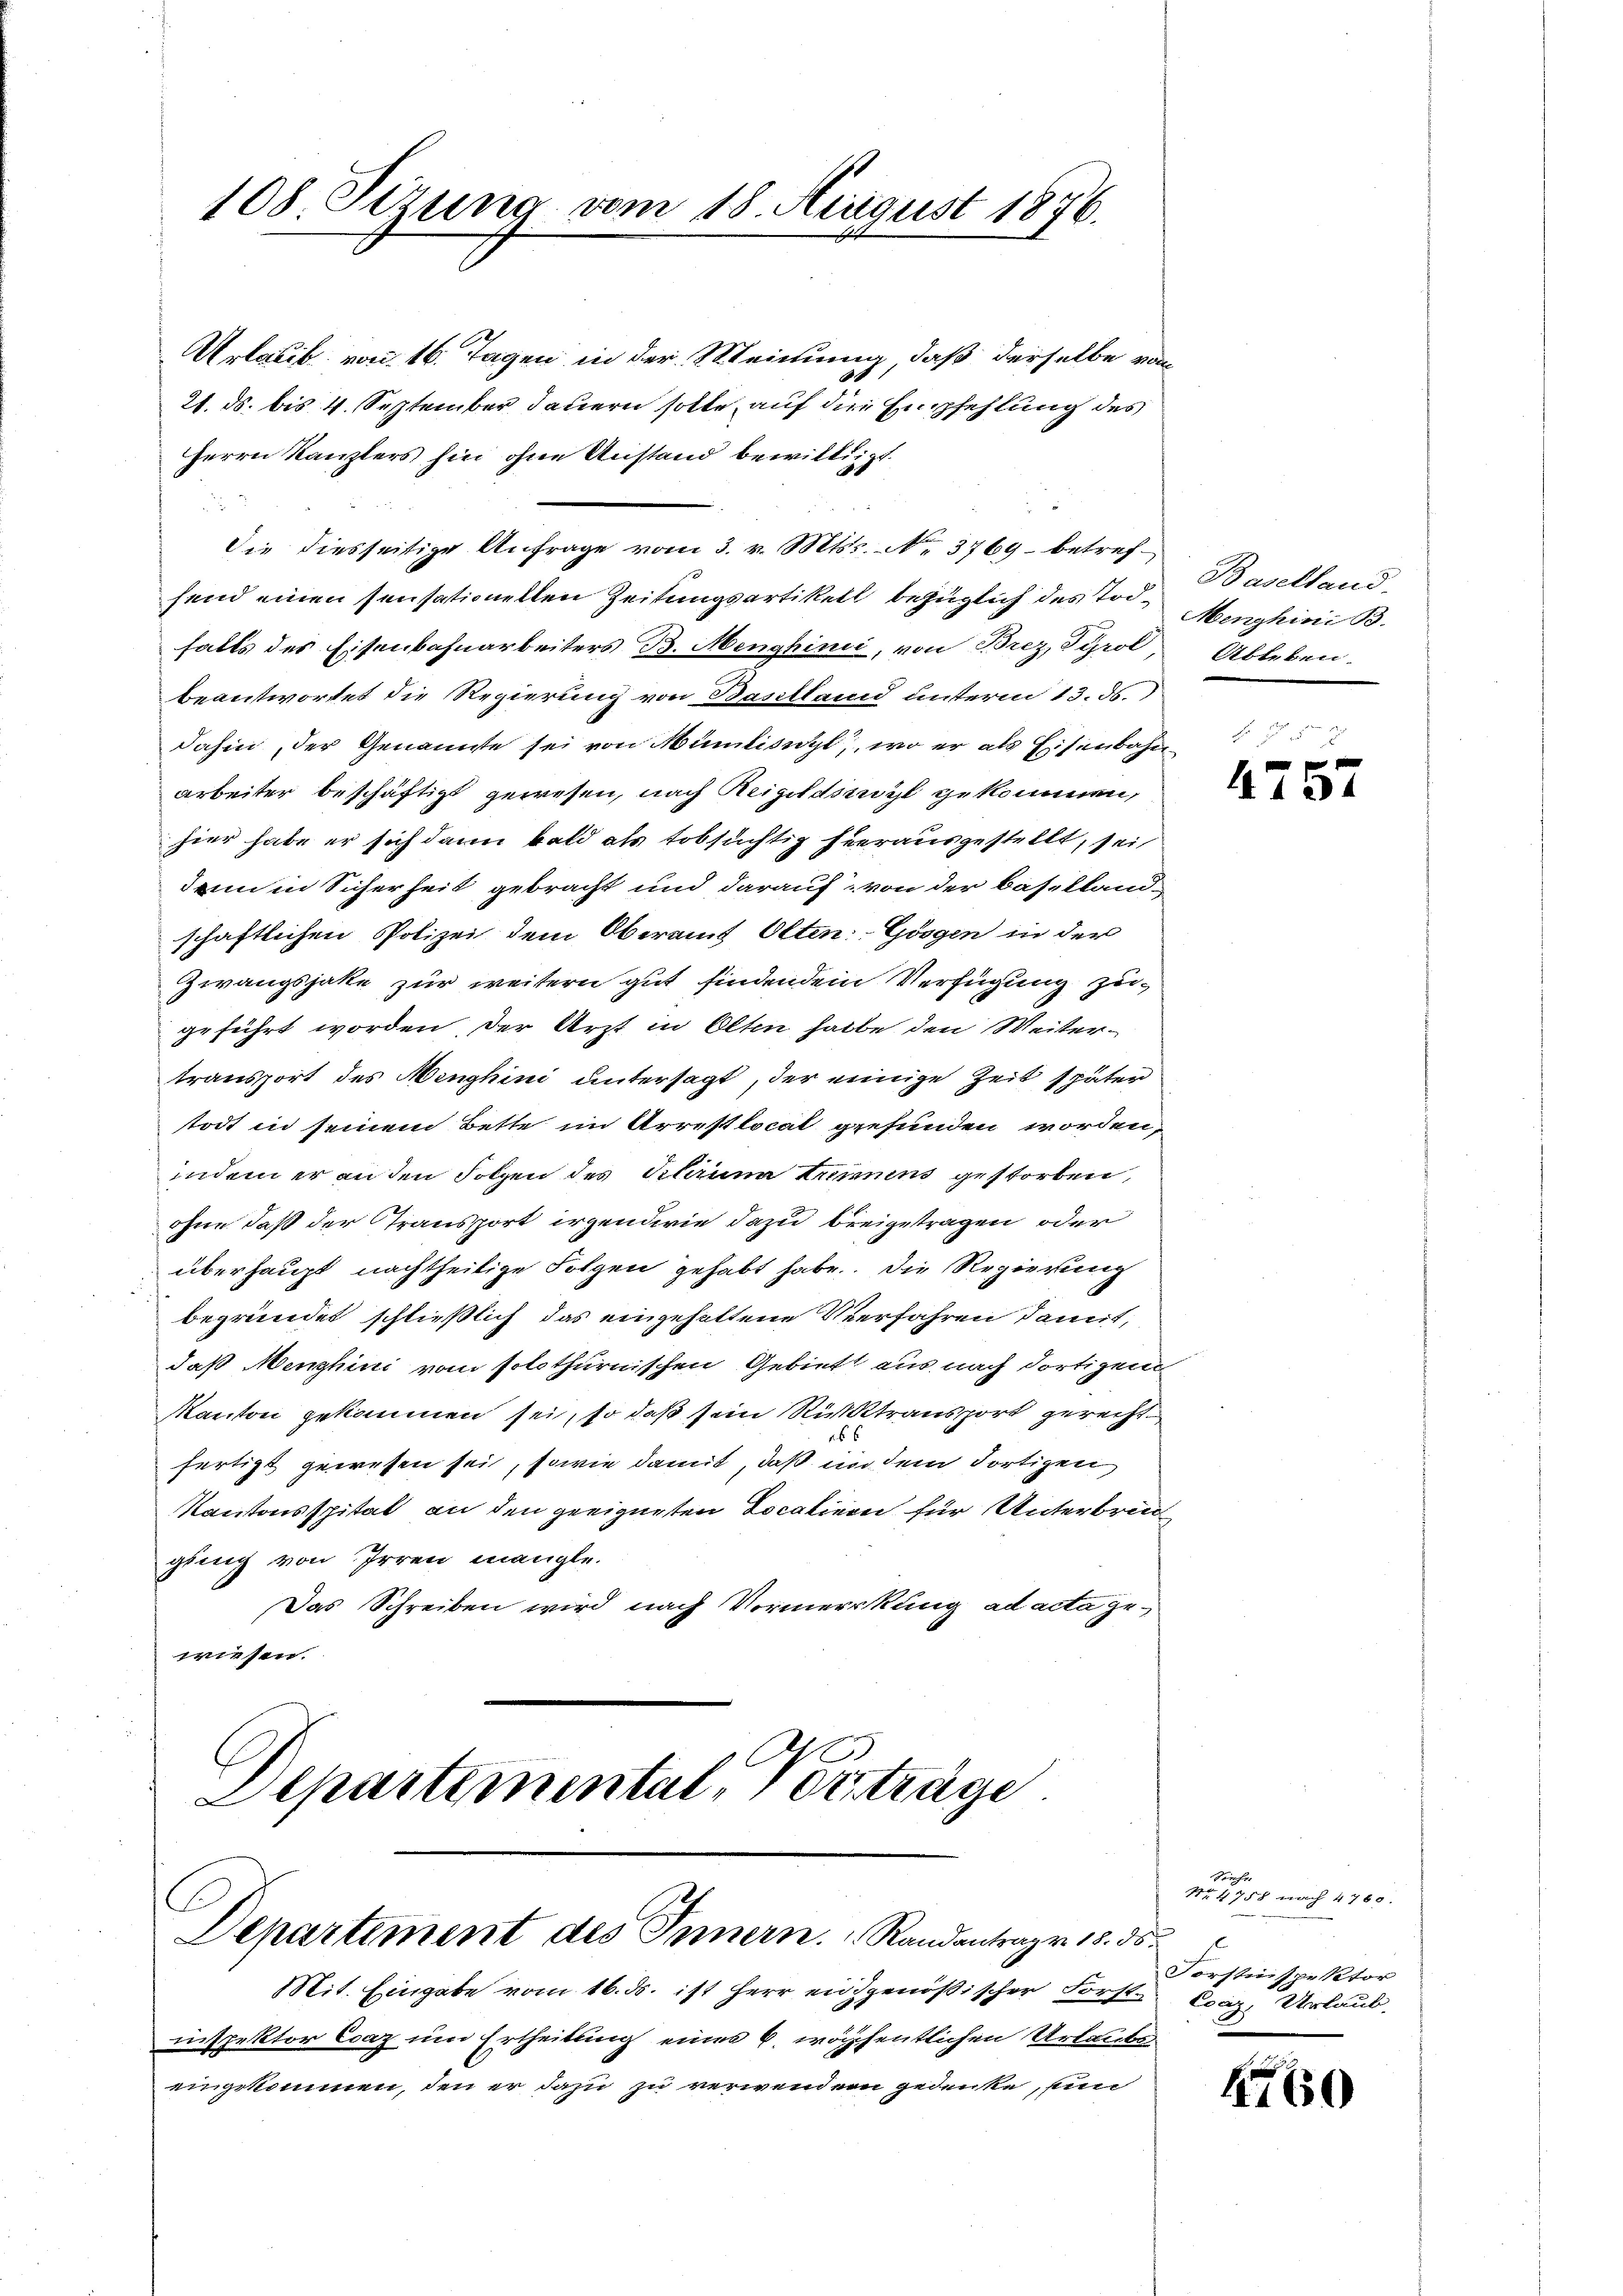
108. Sizung vom 18. August 1876.

Urlaub von 16. Tagen in der Meinung, daß derselbe von
21. ds. bis 4. September dauern solle, auf die Empfehlung des
Herrn Kanzlers hin ohne Anstand bewilligt.
Die diesseitige Anfrage vom 3. v. Mtss. No. 3769 betrefsend einen sensationellen Zeitungsartikell bezüglich des Todfalls des Eisenbahnarbeiters B. Menghinii, von Brez, Tyrol
beantwortet die Regierung von Bastland unterm 13. ds.
dahin, der Genannte sei von Münliswyl, wo er als Eisenbahn
Arbeiter beschäftigt gewesen, nach Reizerdingt gekommen,
hier habe er sich dann bald als tobsüchtig hierausgestellt, sei
denn in Sicherheit gebracht und darauf, von der Baselland-
schaftlichen Polizei dem Oberamt Olten: Gössen in der
Zwangshatte zur weitern gut findenden Verfügung zu
geführt worden, der Arzt in Olten halbe den Weitertransport des Menghini untersagt, der einige Zeit später
stodt in seinem Bette im Arrestlocat gefunden worden,
indem er anden Folgen des Pharina trinnens gestorben,
ohne daß der Transport irgendwie dazu breigetragen oder
überhaupt nachtheilige Folgen gehabt habe. Die Regierung
begründet schließlich das eingehaltene Verfahren damit,
daß Menghini vom solothurnischen Gebiet aus nach dortigen
Kanton gekommen sei, so daß sein Rücktransport gerechtfertigt gewesen sei, sowie damit, daß in dem dortigen
Kantonsspital an den geeigneten Localien für Unterbringung von Irren mangle.
Das Schreiben wird nach Vormerkung ad acta gewiesen.
Departemental, Vorträge

C
Departiment des Innern. Randantrage 18. ds.

Mit. Eingabe vom 16. ds. ist Herr eidgenößischer Forst Conz. Urlaub
inspektor Coaz um Ertheilung eines k. wöchentlichen Urlaubseingekommen, den er dazu zu verwenden gedenke, un

Baselland.
Menghini B.
Ableben.
f

4757

Seiche
No. 4758 nach 4760.
Forstinspektor

1760